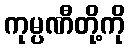
ကုမ္ပဏီတို့ကို